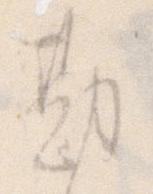
勘